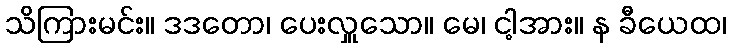
သိကြားမင်း။ ဒဒတော၊ ပေးလှူသော။ မေ၊ ငါ့အား။ န ခီယေထ၊